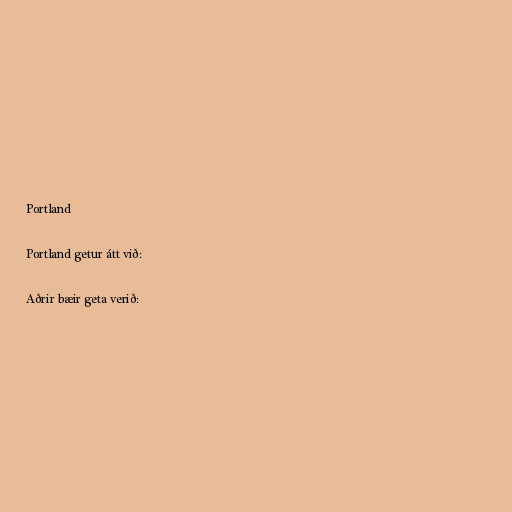
Portland

Portland getur átt við:

Aðrir bæir geta verið: